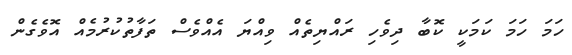
ހަމަ ހަމަ ކަމަކީ ކޮބާ ދިވެހި ރައްޔިތެއް ވިއްޔަ އެއްވެސް ތަފާތުކުރުމެއް އޮވެގެން